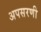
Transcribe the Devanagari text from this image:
अपसरणी